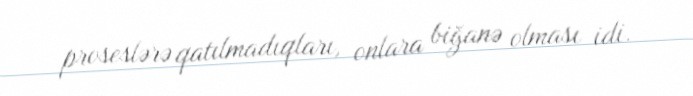
proseslərə qatılmadıqları, onlara biğanə olması idi.